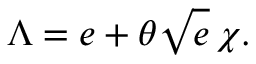
\Lambda { } = e + \theta { } \sqrt { e } \, \chi { } .